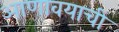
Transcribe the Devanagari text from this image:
आणावयाची